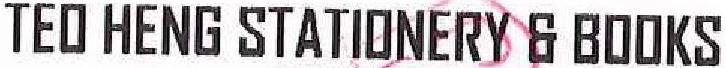
TEO HENG STATIONERY & BOOKS